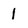
Character: 1